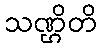
သဏ္ဌိတိ